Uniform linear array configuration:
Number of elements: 64
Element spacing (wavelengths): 1
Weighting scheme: uniform
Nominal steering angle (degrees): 15
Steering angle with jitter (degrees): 13.454
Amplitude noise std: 0.05
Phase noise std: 0.05

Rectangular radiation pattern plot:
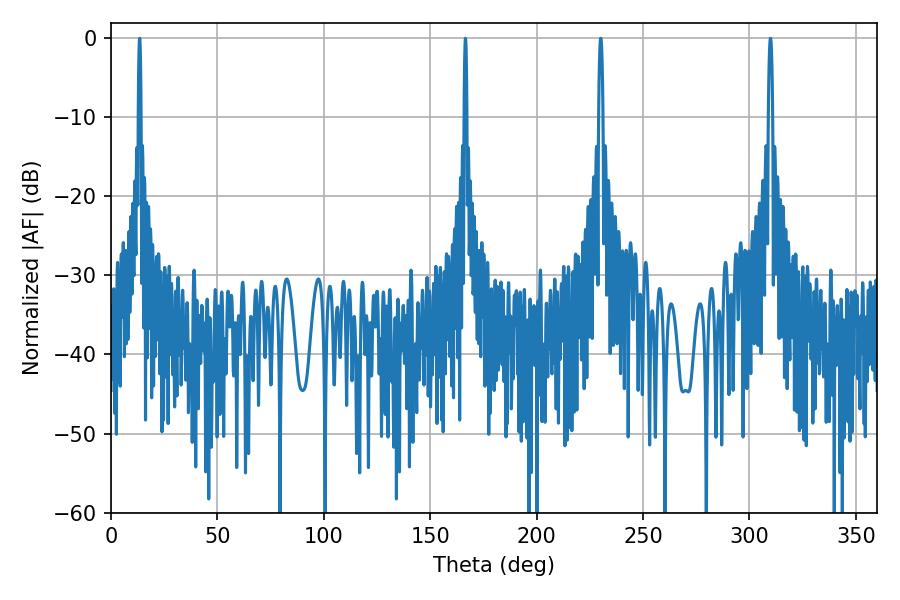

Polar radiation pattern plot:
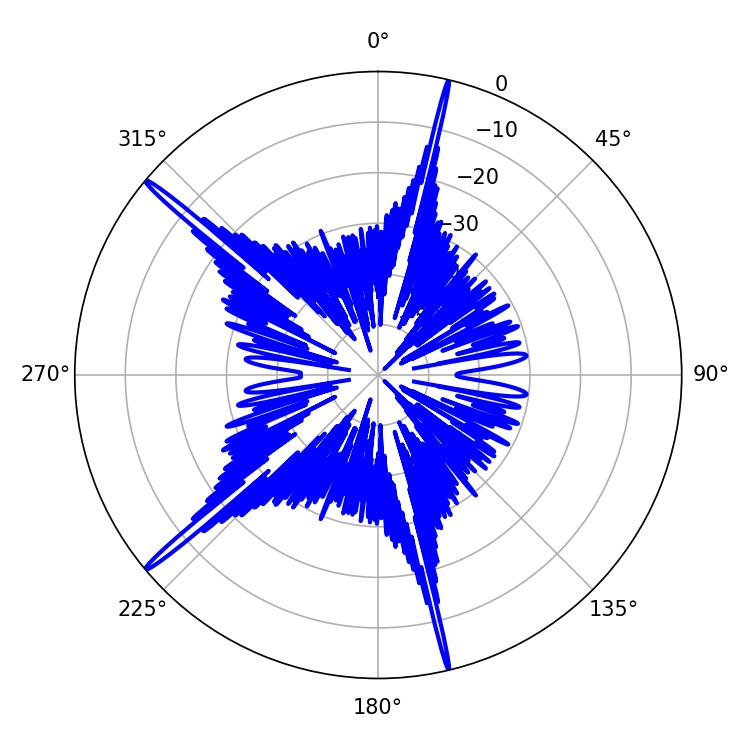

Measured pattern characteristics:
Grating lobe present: TRUE
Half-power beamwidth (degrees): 0.54
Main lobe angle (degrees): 13.5